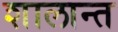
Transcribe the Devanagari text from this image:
शालान्‍त